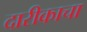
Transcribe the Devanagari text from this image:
दारीकाचा